Insane asylums in Bengal annual reports 1876-1887 - 1876-1887
Year: 1876
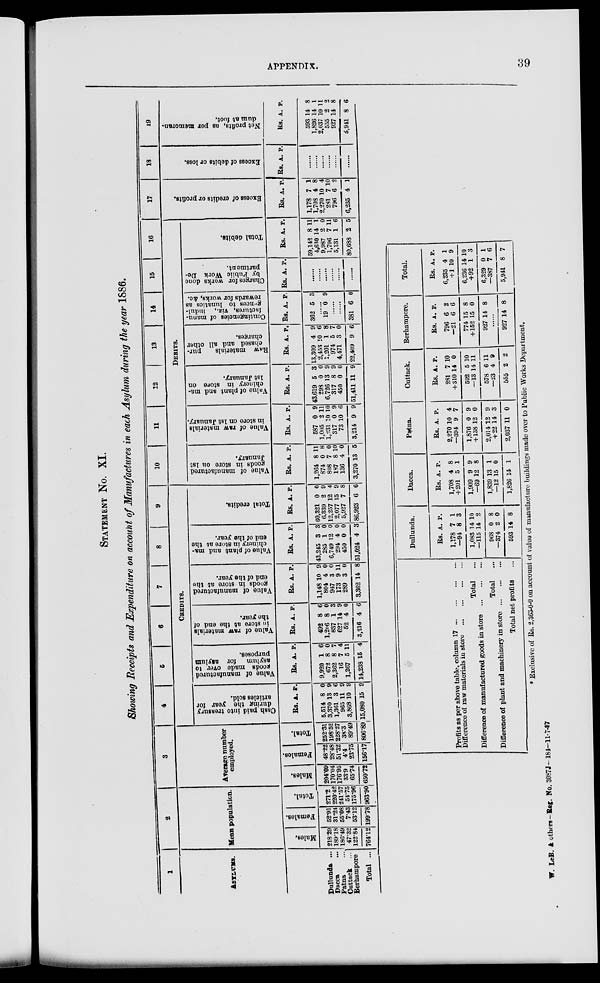
APPENDIX.
39
STATEMENT NO. XI.
Showing Receipts and Expenditure on account of Manufactures in each Asylum during the year 1886.
1
ASYLUMS.
Dullunda ...
Dacca ...
Patna ...
Cuttack ...
Berhampore
Total ...
2
Mean population.
Males.
218.29
189.18
186.49
47.32
122.84
764.12
Females.
52.91
31.24
55.08
7.43
53.12
199.78
Total.
271.2
220.42
241.57
54.75
175.96
963.90
3
Average number
employed.
Males.
204.09
170.04
176.95
33.9
65.74
650.72
Females.
48.22
28.48
51.32
4.4
23.75
156.17
Total.
252.31
198.52
228.27
38.3
89.49
806.89
4 5 6
7
8
9
CREDITS.
Cash paid into treasury
during the year for
articles sold.
Rs
5,514
3,370
1,361
965
3,868
15,080
A.
8
13
3
11
10
15
P.
0
9
6
9
9
9
Value of manufactured
goods made over to
asylum for asylum
purposes.
Rs.
9,920
672
2,362
16
1,267
14,238
A.
1
8
8
7
5
15
P.
6
0
7
4
11
4
Value of raw materials
in store at the end of
the year.
Rs.
492
1,206
837
627
52
3,216
A.
8
8
1
14
4
4
P.
6
0
3
9
0
6
Value of manufactured
goods in store at the
end of the year.
Rs.
1,148
804
947
173
289
3,362
A.
10
4
3
9
3
14
P.
9
0
0
11
0
8
Value of plant and ma-
chinery in store at the
end of the year.
Rs.
43,245
285
6,749
294
450
51,024
A.
3
1
12
4
0
4
P.
3
0
0
0
0
3
Total credits.
Rs.
60,321
6,339
12,257
2,077
5,927
86,923
A.
0
2
12
15
7
6
P.
0
9
4
9
8
6
10
11
12
13 1 4 15 16
DEBITS.
Value of manufactured
goods in store on 1st
January.
Rs.
1,264
874
808
187
136
3,270
A.
8
0
7
8
4
13
P.
11
8
0
10
0
5
Value of raw materials
in store on 1st January.
Rs.
587
1,005
1,231
317
73
3,214
A.
0
2
10
0
10
9
P.
9
11
10
9
6
9
Value of plant and ma-
chinery in store on
1st January.
Rs.
43,619
298
6,726
317
450
51,411
A.
5
0
13
8
0
11
P.
3
0
9
9
0
9
Raw materials
pur-
chased and all other
charges.
Rs.
13,309
2,453
1,201
974
4,471
22,409
A.
4
10
1
5
3
9
P.
9
6
8
7
0
6
Contingencies of manu-
factures, viz., indul-
gences to lunatics as
rewards for works, &c.
Rs.
362
A.
5
P.
3
......
19 0 9
......
......
381 6 0
Charges for works done
by Public Work De-
partment.
Rs. A. P.
......
......
......
......
......
......
Total debits.
Rs.
59,142
4,630
9,987
1,796
5,131
80,688
A.
8
14
2
7
1
2
P.
11
1
0
11
6
5
17
Excess of credits or profits.
Rs.
1,178
1,708
2,270
281
796
6,235
A.
7
4
10
7
6
4
P.
1
8
4
10
2
1
18
Excess of debits or loss.
Rs. A. P.
......
......
......
......
......
......
19
Net profits, as per memoran-
dum at foot.
Rs.
593
1,826
2,037
555
927
5,941
A.
14
14
10
2
14
8
P.
8
1
11
2
8
6
Profits as per above table, column 17
...
...
...
...
Difference of raw materials in store
...
...
...
...
Total ...
Difference of manufactured goods in store
...
...
...
Total ...
Difference of plant and machinery in store
...
...
...
Total net profits ...
Dullunda.
Rs.
1,178
—94
1,083
—115
968
—374
593
A.
7
8
14
14
0
2
14
P.
1
3
10
2
8
0
8
Dacca.
Rs.
1,708
+201
1,909
—69
1,839
—12
1,826
A.
4
5
9
12
13
15
14
P.
8
1
9
8
1
0
1
Patna.
Rs.
2,270
—394
1,876
+138
2,014
+22
2,037
A.
10
9
0
12
12
14
11
P.
4
7
9
0
9
3
0
Cuttack.
Rs.
281
+310
592
—13
578
—23
555
A.
7
14
5
14
6
4
2
P.
10
0
10
11
11
9
2
Berhampore.
Rs.
796
—21
774
+152
927
A.
6
6
15
15
14
P.
2
6
8
0
8
......
927 14 8
Total.
Rs.
6,235
+1
6,236
+92
6,329
—387
5,941
A.
4
10
14
1
0
7
8
P.
1
9
10
3
1
6
7
* Exclusive of Rs. 2,363-0-0 on account of value of manufacture buildings made over to Public Works Department.
W. LeB. & others-Reg. No. 3087J-184-11-7-87